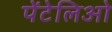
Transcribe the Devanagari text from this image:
पेंटेलिओ